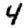
Digit: 4